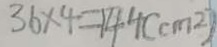
3 6 \times 4 = 1 4 4 ( c m ^ { 2 } )